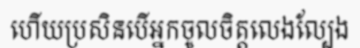
ហើយប្រសិនបើអ្នកចូលចិត្តលេងល្បែង